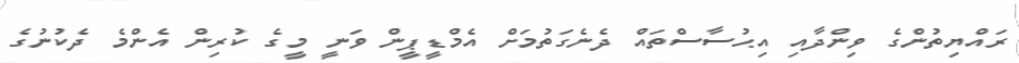
ރައްޔިތުންގެ ވިންދާއި އިޙުސާސްތައް ދެނެގަތުމަށް އެމްޑީޕީން ވަނީ މީގެ ކުރިން އެންމެ ދެކުނުގެ